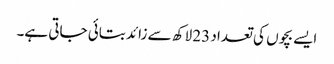
ایسے بچوں کی تعداد 23 لاکھ سے زائد بتائی جاتی ہے۔